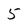
Character: 5